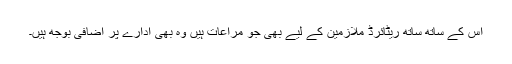
اس کے ساتھ ساتھ ریٹائرڈ ملازمین کے لیے بھی جو مراعات ہیں وہ بھی ادارے پر اضافی بوجھ ہیں۔